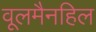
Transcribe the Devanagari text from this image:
वूलमैनहिल